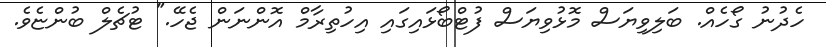
ހެދުނު ގޯހެއް. ބަލިވިޔަސް މޮޅުވިޔަސް ފުޓްބޯޅައިގައި އިހުތިރާމް އޮންނަން ޖެހޭ." ޓުޗެލް ބުންޏެވެ.